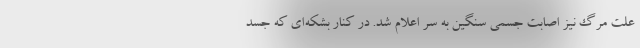
علت مرگ نیز اصابت جسمی سنگین به سر اعلام شد. در کنار بشکه‌ای که جسد